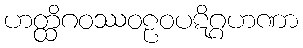
ဟတ္ထိဂဝဿဝဠဝပဋိဂ္ဂဟဏာ